Indian journal of veterinary science and animal husbandry - Volumes 22-23, 1952-1953
Year: 1952
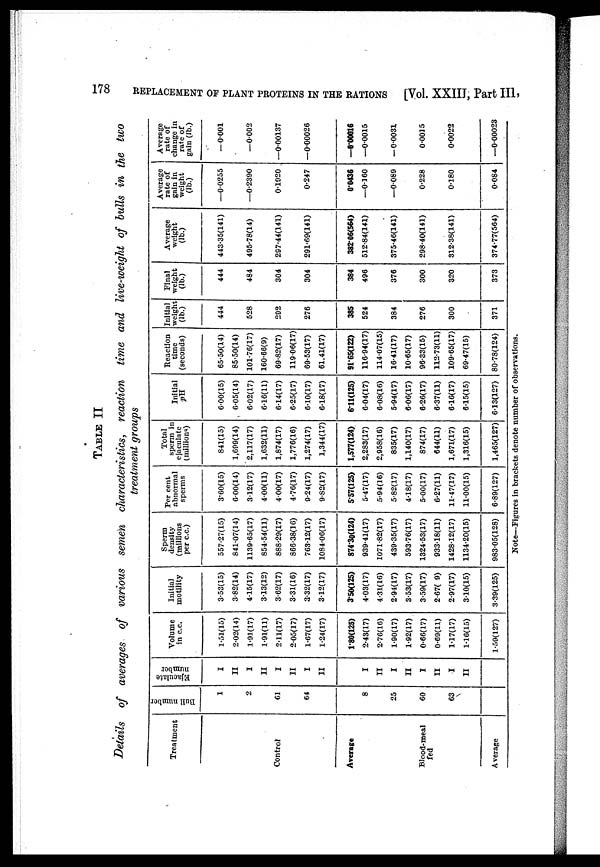
178
REPLACEMENT OF PLANT PROTEINS IN THE RATIONS
[Vol. XXIII, Part III,
TABLE II
Details of averages of various semen characteristics, reaction time and live-weight of bulls in the two
treatment groups
Treatment
Control
Average
Blood-meal
Average
Bull number
1
2
61
64
8
25
60
63
Ejaculate
number
I
II
I
II
I
II
I
II
I
II
I
II
I
II
I
II
Volume
in c.c.
1.51(15)
2.02(14)
1.91(17)
1.91(11)
2.11(17)
2.05(17)
1.67(17)
1.24(17)
1.80(125)
2.43(17)
2.76(16)
1.90(17)
1.92(17)
0.66(17)
0.69(11)
1.17(17)
1.16(15)
1.59(127)
Initial
motility
3.53(15)
3.82(14)
4.15(17)
3.13(12)
3.62(17)
3.31(16)
3.32(17)
3.12(17)
3.50(125)
4.03(17)
4.31(16)
2.94(17)
3.53(17)
3.59(17)
2.67( 9)
2.97(17)
3.10(15)
3.39(125)
Sperm
density
(millions
per c.c.)
557.27(15)
841.07(14)
1139.65(17)
854.54(11)
888.29(17)
866.38(16)
763.12(17)
1084.06(17)
874.30(124)
939.41(17)
1071.82(17)
439.35(17)
593.76(17)
1324.53(17)
933.18(11)
1428.12(17)
1134.20(15)
983.05(128)
Per cent
abnormal
sperms
3.60(15)
6.00(14)
3.12(17)
4.00(11)
4.00(17)
4.76(17)
9.24(17)
9.82(17)
5.57(125)
5.47(17)
5.94(16)
5.82(17)
4.18(17)
5.00(17)
6.27(11)
11.47(17)
11.00(15)
6.89(127)
Total
sperm in
ejaculate
(millions)
841(15)
1,699(14)
2,117(17)
1,632(11)
1,874(17)
1,776(16)
1,274(17)
1,344(17)
1,577(124)
2,283(17)
2,958(16)
835(17)
1,140(17)
874(17)
644(11)
1,671(17)
1,316(15)
1,465(127)
Initial
pH
6.00(15)
6.05(14)
6.02(17)
6.16(11)
6.14(17)
6.25(17)
6.10(17)
6.18(17)
6.11(125)
6.04(17)
6.08(16)
5.94(17)
6.06(17)
6.26(17)
6.37(11)
6.16(17)
6.15(15)
6.13(127)
Reaction
time
(seconds)
65.50(14)
85.50(14)
101.76(17)
160.66(9)
69.82(17)
119.06(17)
69.53(17)
61.41(17)
91.65(122)
116.94(17)
114.07(15)
16.41(17)
10.65(17)
96.33(15)
112.73(11)
109.65(17)
69.47(15)
80.78(124)
Initial
weight
(lb.)
444
528
292
276
385
524
384
276
300
371
Final
weight
(lb.)
444
484
304
304
384
496
376
300
320
373
Average
weight
(lb.)
443.35(141)
495.78(14)
297.44(141)
291.69(141)
382.06(564)
512.84(141)
375.46(141)
298.40(141)
312.38(141)
374.77(564)
Average
rate of
gain in
weight
(lb.)
—0.0255
—0.2390
0.1920
0.247
0.0436
—0.160
—0.089
0.228
0.180
0.084
Average
rate of
change in
rate of
gain (lb.)
—0.001
—0.002
—0.00137
—0.00026
—0.00016
—0.0015
— 0.0031
0.0015
0.0022
—0.00023
Note—Figures in brackets denote number of observations.